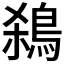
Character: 𪀣